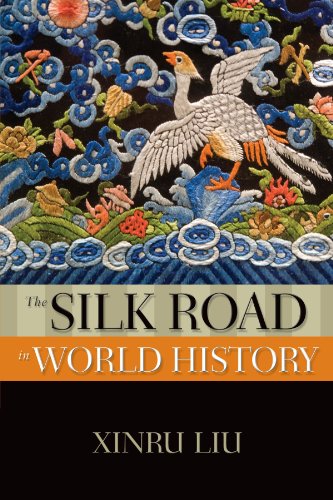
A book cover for The Silk Road in World History (New Oxford World History); Xinru Liu; History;